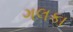
ગલકા